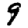
Digit: 9